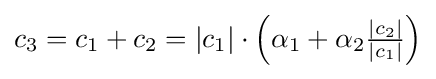
c_{3}=c_{1}+c_{2}=|c_{1}|\cdot \left(\alpha _{1}+\alpha _{2}{\tfrac {|c_{2}|}{|c_{1}|}}\right)